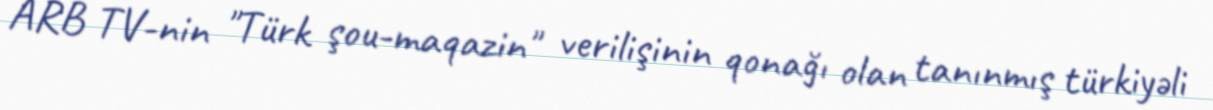
ARB TV-nin "Türk şou-maqazin" verilişinin qonağı olan tanınmış türkiyəli